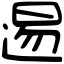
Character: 逷